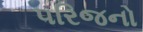
૫રિજનો